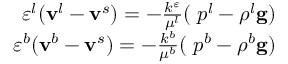
\begin{array} { r } { \varepsilon ^ { l } ( \mathbf { v } ^ { l } - \mathbf { v } ^ { s } ) = - \frac { k ^ { \varepsilon } } { \mu ^ { l } } ( \mathbf { \nabla } p ^ { l } - \rho ^ { l } \mathbf { g } ) } \\ { \varepsilon ^ { b } ( \mathbf { v } ^ { b } - \mathbf { v } ^ { s } ) = - \frac { k ^ { b } } { \mu ^ { b } } ( \mathbf { \nabla } p ^ { b } - \rho ^ { b } \mathbf { g } ) } \end{array}